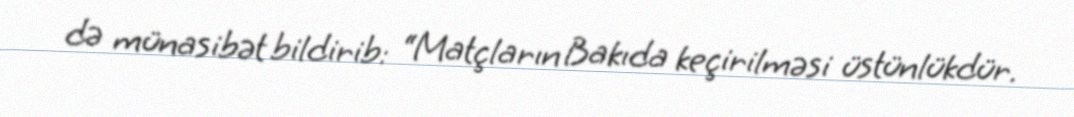
də münasibət bildirib: “Matçların Bakıda keçirilməsi üstünlükdür.